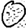
Digit: 0